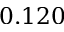
0 . 1 2 0